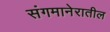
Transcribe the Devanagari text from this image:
संगमानेरातील